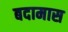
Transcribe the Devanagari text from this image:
बदामास